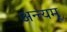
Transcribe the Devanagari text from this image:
अन्त्यम्